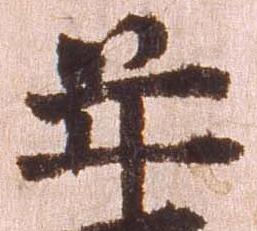
年